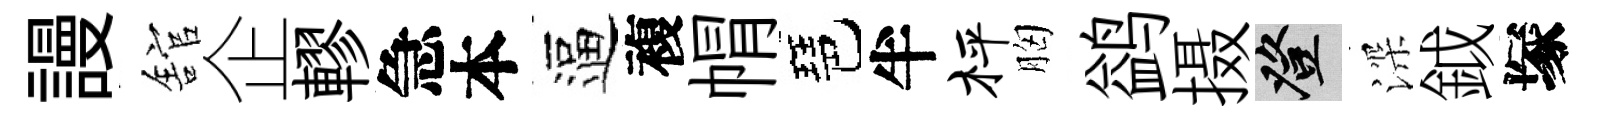
謾舘企轇急本逼複㡌琶半枰胸鹢摄登深鉞塚